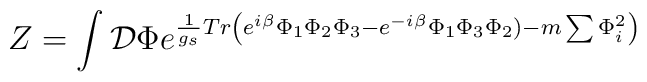
Z=\int \mathcal{D}\Phi e^{\frac1{g_s} Tr \left( e^{i\beta}\Phi_1\Phi_2\Phi_3-e^{-i\beta}\Phi_1\Phi_3\Phi_2)-m\sum \Phi_i^2 \right)}